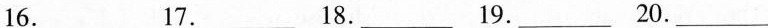
16.___ 17.___ 18.___ 19.___ 20.___